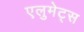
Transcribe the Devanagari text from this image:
एलुमेट्स